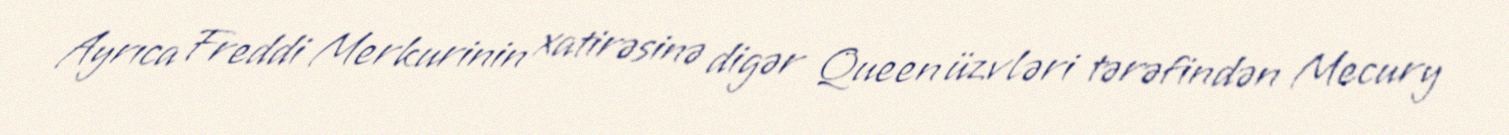
Ayrıca Freddi Merkurinin xatirəsinə digər Queen üzvləri tərəfindən Mecury